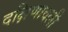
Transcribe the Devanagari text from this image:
दक्षिणावली